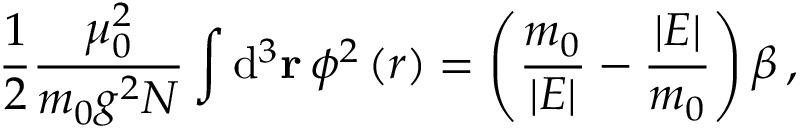
\frac { 1 } { 2 } \frac { \mu _ { 0 } ^ { 2 } } { m _ { 0 } g ^ { 2 } N } \int \mathrm { d } ^ { 3 } { \bf r } \, \phi ^ { 2 } \left( r \right) = \left( \frac { m _ { 0 } } { \vert E \vert } - \frac { \vert E \vert } { m _ { 0 } } \right) \beta \, ,